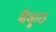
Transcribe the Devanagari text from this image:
बैकुठ